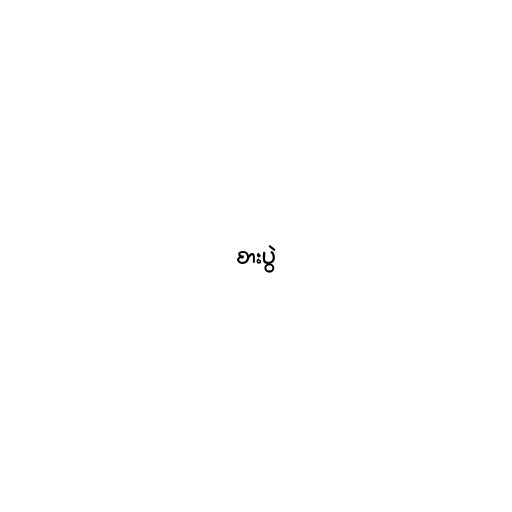
စားပွဲ